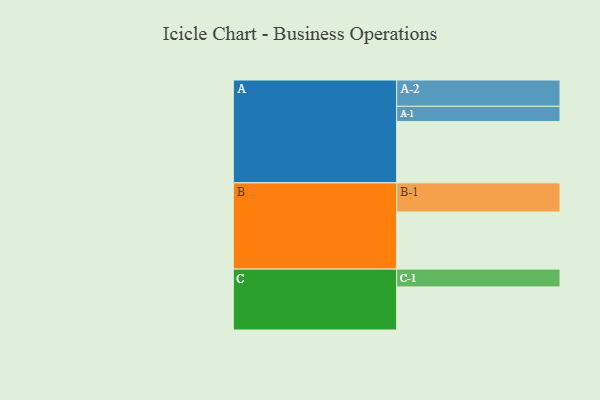
{"axis": {"x": "Segment", "y": "Value"}, "legend": ["", "A", "B", "C"], "data": [{"x": "A", "y": 541, "type": ""}, {"x": "B", "y": 504, "type": ""}, {"x": "C", "y": 380, "type": ""}, {"x": "A-1", "y": 134, "type": "A"}, {"x": "A-2", "y": 232, "type": "A"}, {"x": "B-1", "y": 257, "type": "B"}, {"x": "C-1", "y": 157, "type": "C"}]}